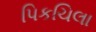
પિકચિલા